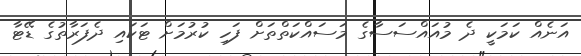
އަނެއް ކަމަކީ ދެ މުއައްސަސާގެ މަސައްކަތްތަށް ފަހި ކުރުމަށް ޓަކައި ދެފަރާތުގެ ޑޭޓާ